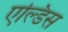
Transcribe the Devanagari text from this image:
एल्डिस